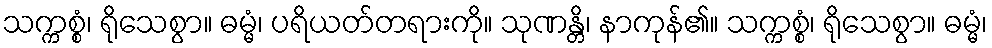
သက္ကစ္စံ၊ ရိုသေစွာ။ ဓမ္မံ၊ ပရိယတ်တရားကို။ သုဏန္တိ၊ နာကုန်၏။ သက္ကစ္စံ၊ ရိုသေစွာ။ ဓမ္မံ၊